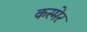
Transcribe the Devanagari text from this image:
कस्मेर